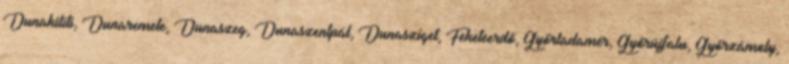
Dunakiliti, Dunaremete, Dunaszeg, Dunaszentpál, Dunasziget, Feketeerdő, Győrladamér, Győrújfalu, Győrzámoly,